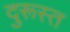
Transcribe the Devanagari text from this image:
दुरूस्‍त